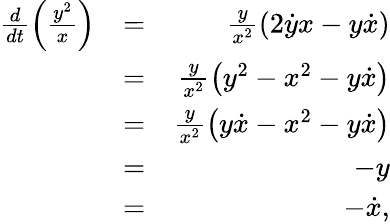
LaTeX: \begin{array}{rlr}{\frac{d}{dt}\left(\frac{y^{2}}{x}\right)}&{=}&{\frac{y}{x^{2}}\left(2\dot{y}x-y\dot{x}\right)}\\ &{=}&{\frac{y}{x^{2}}\left(y^{2}-x^{2}-y\dot{x}\right)}\\ &{=}&{\frac{y}{x^{2}}\left(y\dot{x}-x^{2}-y\dot{x}\right)}\\ &{=}&{-y}\\ &{=}&{-\dot{x},}\end{array}